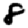
Digit: 8